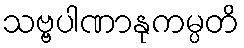
သဗ္ဗပါဏာနုကမ္ပတိ